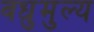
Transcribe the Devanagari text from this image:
वधुमुल्य